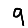
Digit: 9